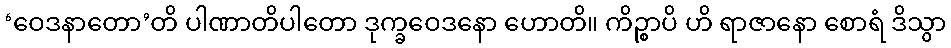
‘ဝေဒနာတော’တိ ပါဏာတိပါတော ဒုက္ခဝေဒနော ဟောတိ။ ကိဉ္စာပိ ဟိ ရာဇာနော စောရံ ဒိသွာ